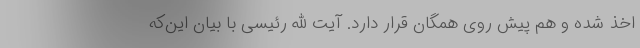
اخذ شده و هم پیش روی همگان قرار دارد. آیت الله رئیسی با بیان این‌که